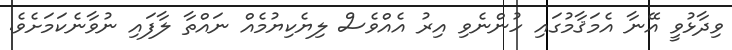
ވިދާޅުވީ އޭނާ އެމަޤާމުގައި ހުންނެވި އިރު އެއްވެސް ލިޔެކިޔުމެއް ނައްތާ ލާފައި ނުވާނެކަމަށެވެ.